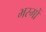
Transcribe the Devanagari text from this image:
भस्मों